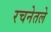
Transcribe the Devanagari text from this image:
रचनेतले